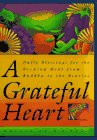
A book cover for A Grateful Heart; Religion & Spirituality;